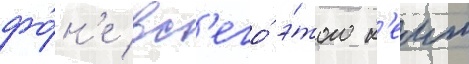
фо́н'е вс'его́ э́того к'еит